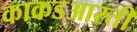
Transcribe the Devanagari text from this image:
काकडआरती